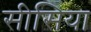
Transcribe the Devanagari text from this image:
सीसिया